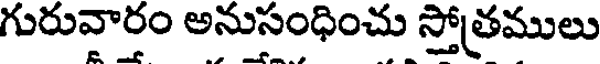
గురువారం అనుసంధించు స్తోత్రములు